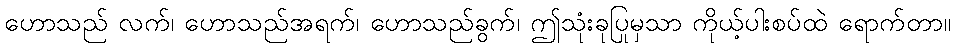
ဟောသည် လက်၊ ဟောသည်အရက်၊ ဟောသည်ခွက်၊ ဤသုံးခုပြုမှသာ ကိုယ့်ပါးစပ်ထဲ ရောက်တာ။